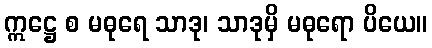
ဣဋ္ဌေ စ မဓုရေ သာဒု၊ သာဒုမှိ မဓုရော ပိယေ။